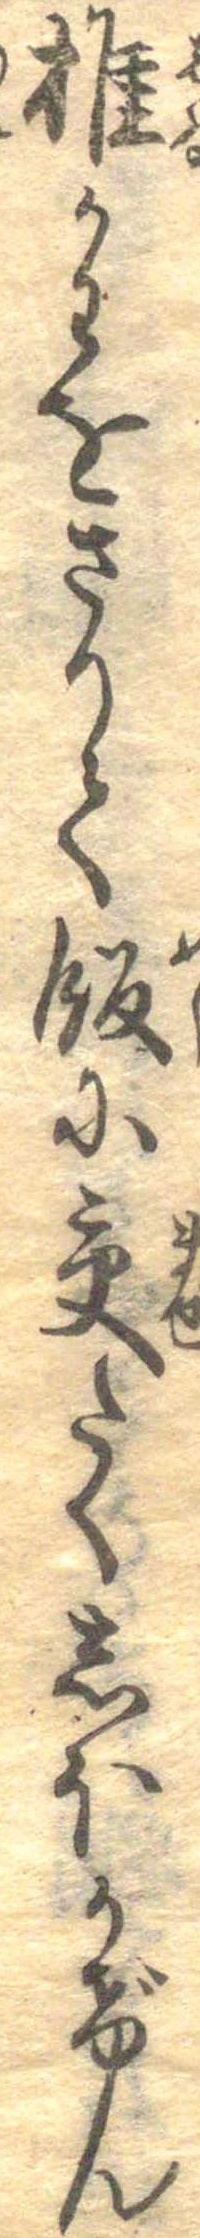
椎かわをさりて飯に交たくしほかげん